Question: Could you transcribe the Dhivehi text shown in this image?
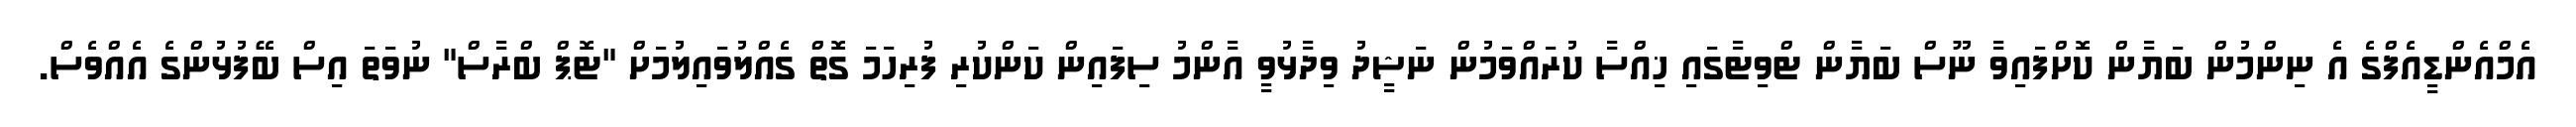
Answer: އެމްއެންޑީއެފްގެ އެ ނިންމުން ބަޔާން ކޮށްފައިވާ ނޫސް ބަޔާން ޓްވިޓާގައި ޚިއްސާ ކުރައްވަމުން ނަޝީދު ވިދާޅުވީ އާންމު ސިފައިން ކަންކުރި ފުރިހަމަ ގޮތް ގެއްލުވައިލުމަށް "ޓޮޕް ބްރާސް" ނުވަތަ އިސް ބޭފުޅުންގެ އެއްވެސް.